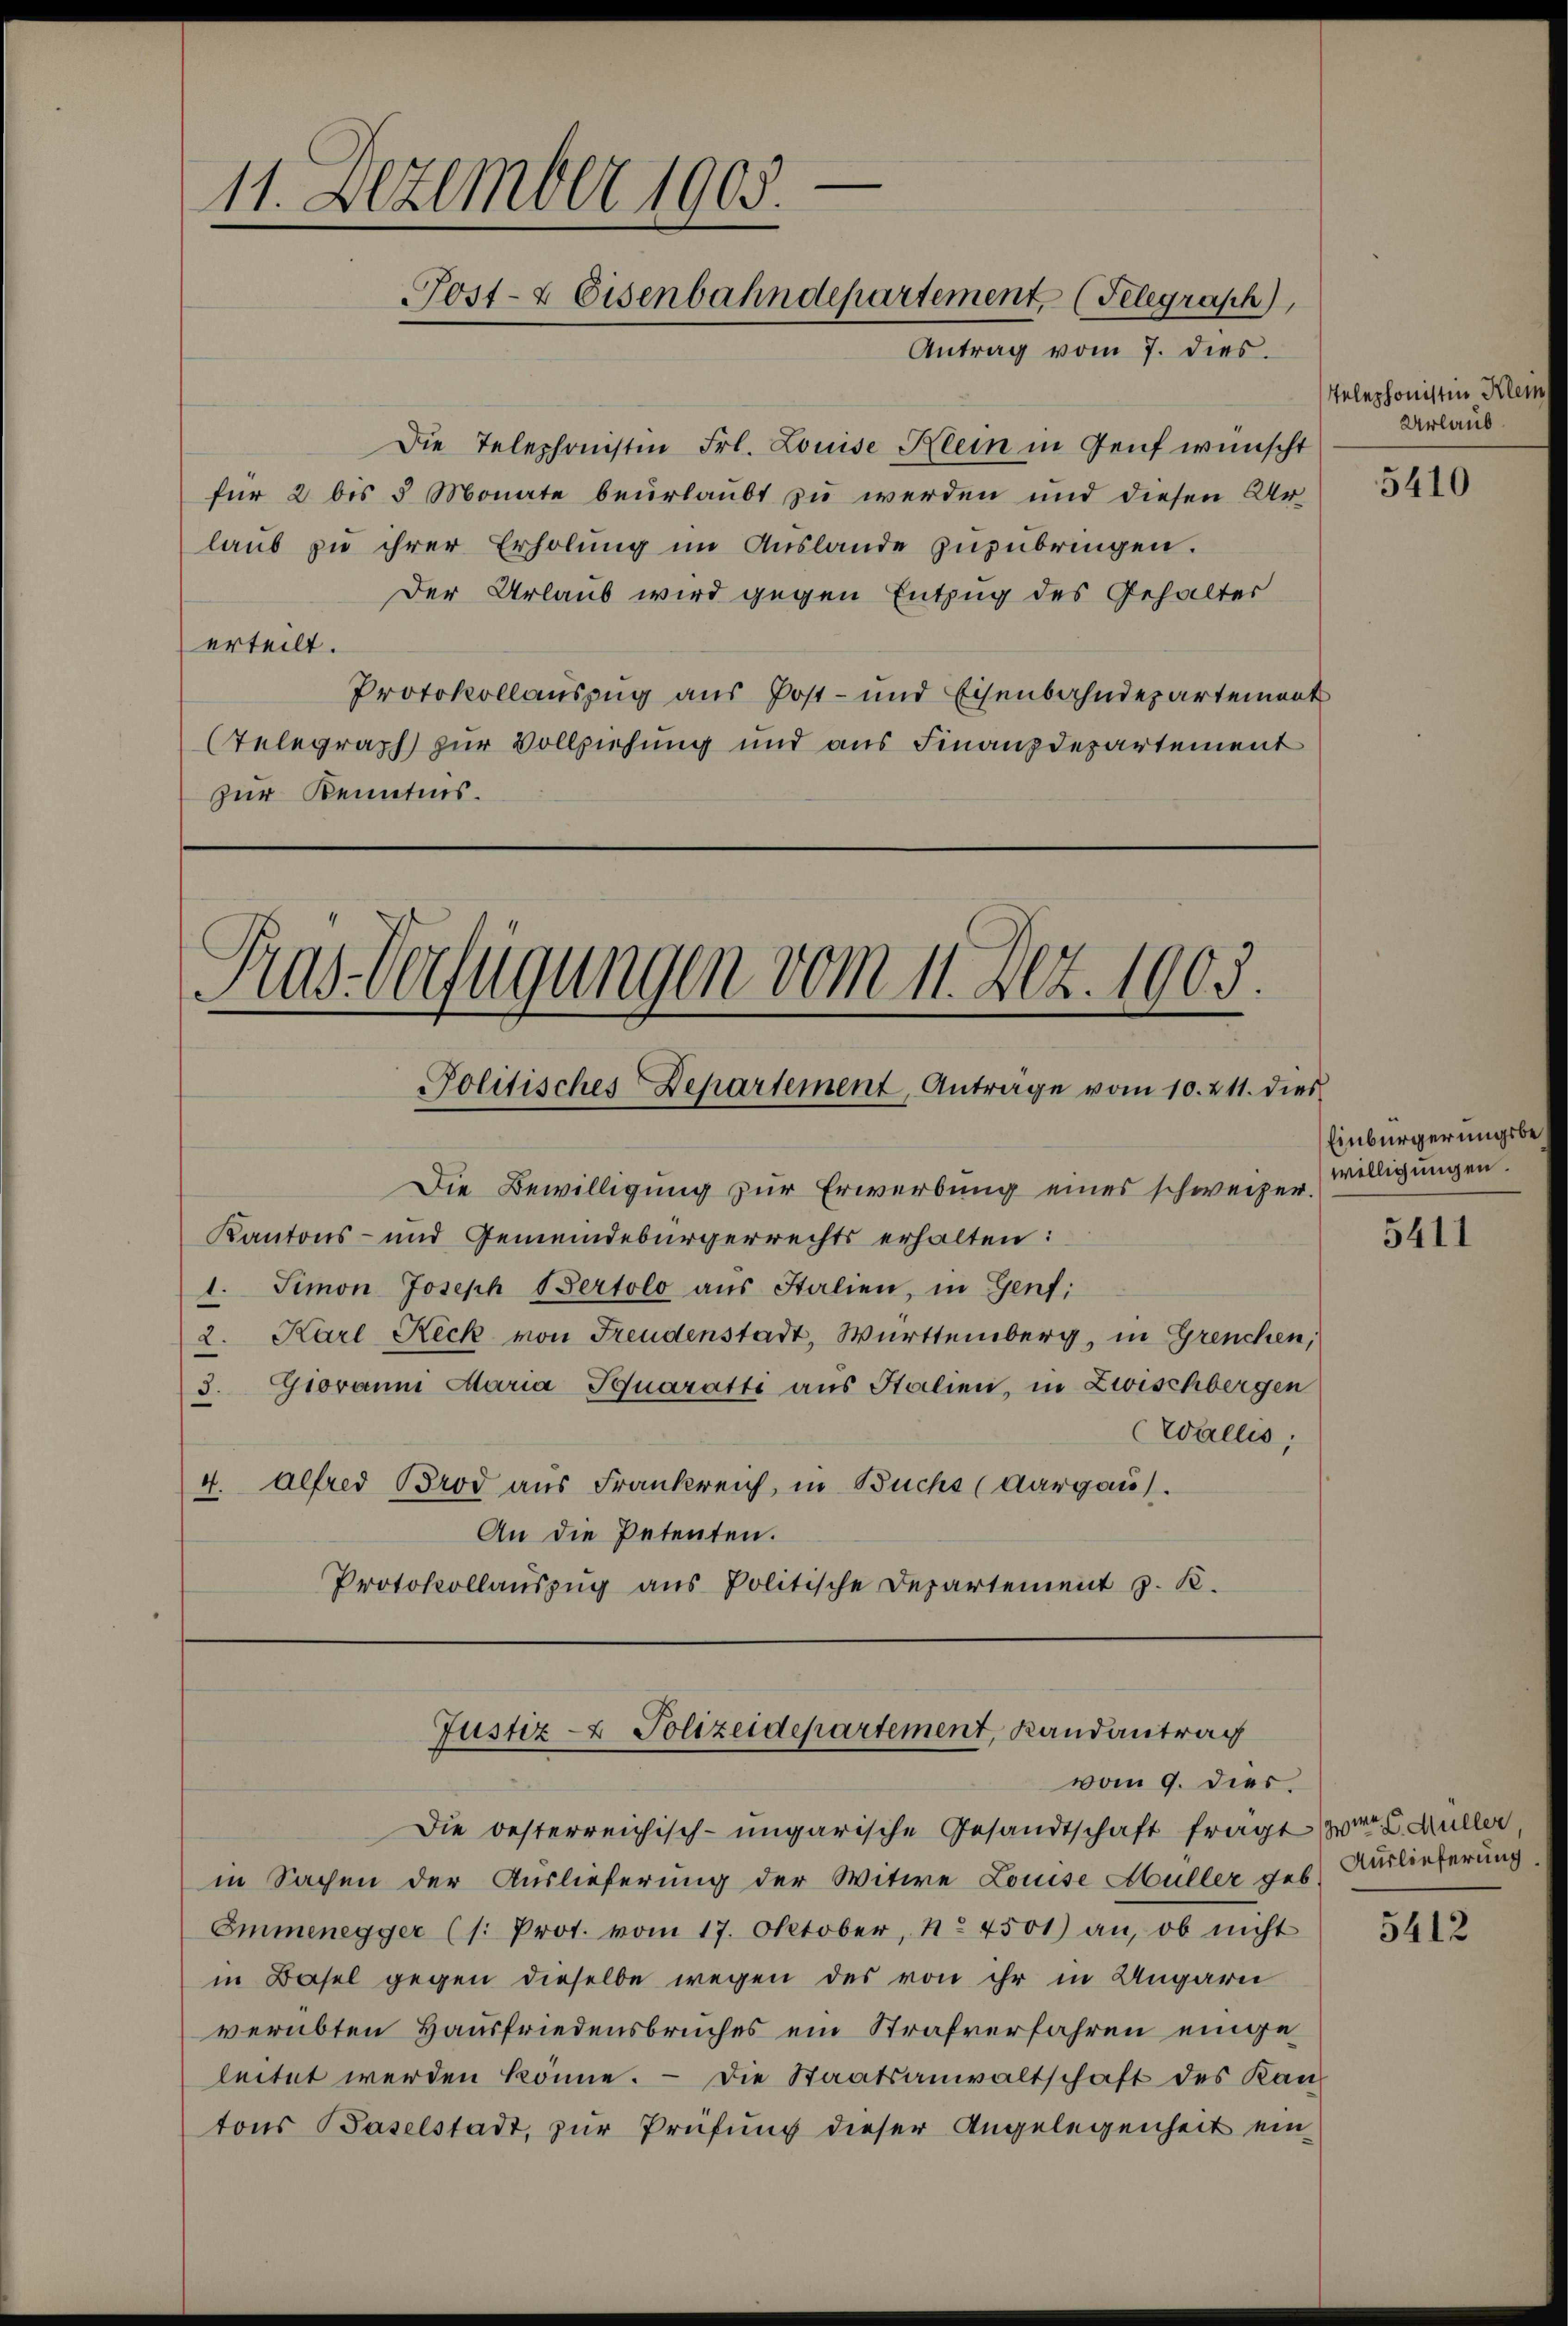
11. Dezember 1905.
Post- & Eisenbahndepartement, (Telegrasch),
Antrag vom 7. dies

Die Telephonistin Frl. Louise Klein in Genf wünscht
für 2 bis 5 Monate beurlaubt zu werden und diesen Ur-
laub zu ihrer Erholung im Auslande zuzubringen.
Der Urlaub wird gegen Entzug des Gehalter
erteilt.
Protokollauszug aus Post- und Eisenbahndepartement
Telegraph zur Vollziehung und aus Finanzdepartement
zur Kenntnis.

Pras-Verfügungen vom 11. Dez. 1903.
Politisches Departement, Anträge vom 10. 211. dies

Die Bewilligung zur Erwerbung eines schweizer.
Kantons- und Gemeindebürgerrechts erhalten:
1. Simon Joseph Pertolo aŭs Italien, in Genf;
2. Karl Reck von Freudenstadt, Württemberg, in Grenchen,
3. Giovanni Maria Aquaratti aus Stalien, in Zwischbergen
Wallis,
4. Alfred Brod aus Frankreich, in Buchs (Aargau.
An die Petenten.
Protokollauszug aus Politische Departement z. B.

Justiz- & Polizeidepartement, Landantrag

Die besterreichisch-ungarische Gesandtschaft frägt Hr. G. Müller,
in Sachen der Auslieferung der Witwe Louise Müller geb. Auslieferung,
Emmenegger (s. Prot. vom 17. Oktober, No. 4501) an, ob nicht
in Basel gegen dieselbe wegen des von ihr in Ungarn
verübten Hausfriedensbruches ein Strafverfahren eingeleitet werden könne. Die Staatsanwaltschaft des Kan
tons Baselstadt, zŭr Prüfŭng dieser Angelegenheit ein-

vom 9. dies

Telephonistin Klein
Urlaub

5410

Einbürgerungsbewilligungen.

5411

5412